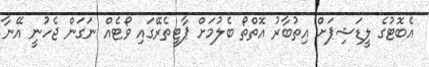
އެބޮޓުގެ ލީޑަޝިޕަށް އިތުބާރު އޮތްތޯ ބެލުމަށް ޕާޓީތެރޭގައި ވޯޓެއް ނަގަން ޖެހުނީ އޭނާ